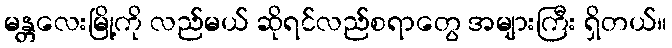
မန္တလေးမြို့ကို လည်မယ် ဆိုရင်လည်စရာတွေ အများကြီး ရှိတယ်။